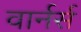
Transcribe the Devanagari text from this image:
वार्नर्स